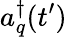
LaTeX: a_{q}^{\dagger}(t^{\prime})